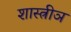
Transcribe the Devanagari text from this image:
शास्त्रीञ